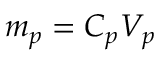
m _ { p } = C _ { p } V _ { p }